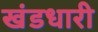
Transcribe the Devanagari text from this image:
खंडधारी